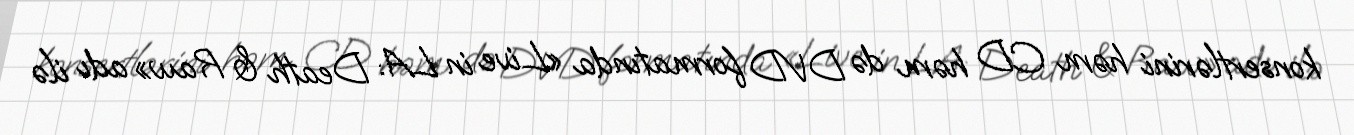
konsertlərini həm CD həm də DVD formatında «Live in LA: Death & Raw» adı ilə